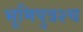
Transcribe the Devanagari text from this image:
भूमिपुत्रश्च